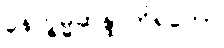
နေက္ခမ္မဆန္ဒာဘိရတော